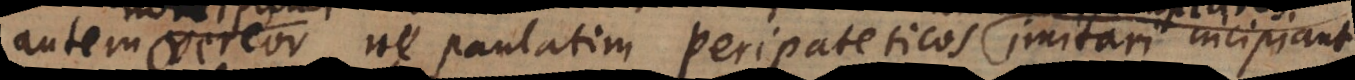
autem vereor ne paulatim Peripateticos nonnullos imitari